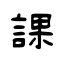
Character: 課